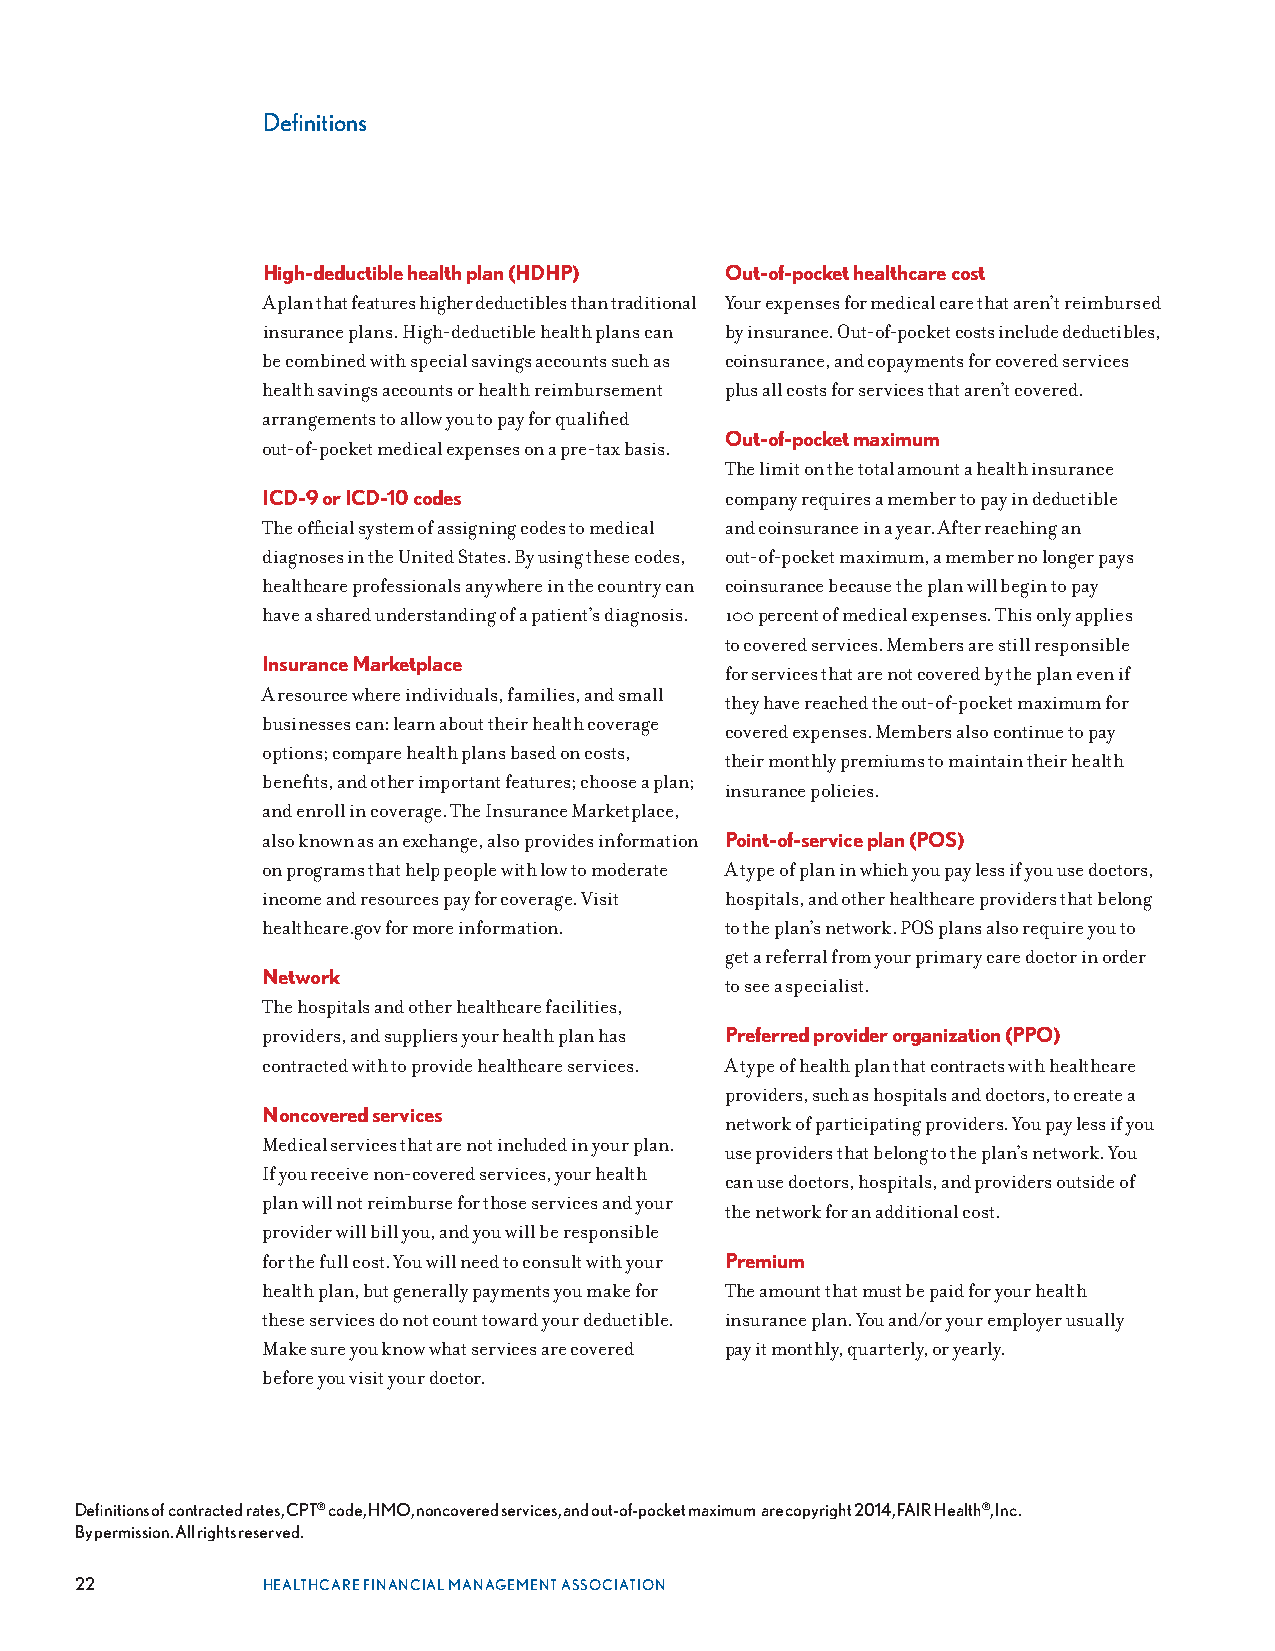
Definitions
 High-deductible health plan (HDHP) Out-of-pocket healthcare cost
 A plan that features higher deductibles than traditional Your expenses for medical care that aren’t reimbursed
 insurance plans . High-deductible health plans can by insurance . Out-of-pocket costs include deductibles,
 be combined with special savings accounts such as coinsurance, and copayments for covered services
 health savings accounts or health reimbursement plus all costs for services that aren’t covered .
 arrangements to allow you to pay for qualified
 Out-of-pocket maximum
 out-of-pocket medical expenses on a pre-tax basis .
 The limit on the total amount a health insurance
 ICD-9 or ICD-10 codes          company requires a member to pay in deductible
 The official system of assigning codes to medical and coinsurance in a year . After reaching an
 diagnoses in the United States . By using these codes, out-of-pocket maximum, a member no longer pays
 healthcare professionals anywhere in the country can coinsurance because the plan will begin to pay
 have a shared understanding of a patient’s diagnosis . 100 percent of medical expenses . This only applies
 to covered services . Members are still responsible
 Insurance Marketplace
 for services that are not covered by the plan even if
 A resource where individuals, families, and small
 they have reached the out-of-pocket maximum for
 businesses can: learn about their health coverage
 covered expenses . Members also continue to pay
 options; compare health plans based on costs,
 their monthly premiums to maintain their health
 benefits, and other important features; choose a plan;
 insurance policies .
 and enroll in coverage . The Insurance Marketplace,
 also known as an exchange, also provides information Point-of-service plan (POS)
 on programs that help people with low to moderate A type of plan in which you pay less if you use doctors,
 income and resources pay for coverage . Visit hospitals, and other healthcare providers that belong
 healthcare .gov for more information . to the plan’s network . POS plans also require you to
 get a referral from your primary care doctor in order
 Network
 to see a specialist .
 The hospitals and other healthcare facilities,
 providers, and suppliers your health plan has Preferred provider organization (PPO)
 contracted with to provide healthcare services . A type of health plan that contracts with healthcare
 providers, such as hospitals and doctors, to create a
 Noncovered services
 network of participating providers . You pay less if you
 Medical services that are not included in your plan .
 use providers that belong to the plan’s network . You
 If you receive non-covered services, your health
 can use doctors, hospitals, and providers outside of
 plan will not reimburse for those services and your
 the network for an additional cost .
 provider will bill you, and you will be responsible
 for the full cost . You will need to consult with your Premium
 health plan, but generally payments you make for The amount that must be paid for your health
 these services do not count toward your deductible . insurance plan . You and/or your employer usually
 Make sure you know what services are covered pay it monthly, quarterly, or yearly .
 before you visit your doctor .
 Definitions of contracted rates, CPT® code, HMO, noncovered services, and out-of-pocket maximum are copyright 2014, FAIR Health®, Inc.
 By permission. All rights reserved.
 22          HEALTHCARE FINANCIAL MANAGEMENT ASSOCIATION